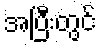
အပြီးတွင်